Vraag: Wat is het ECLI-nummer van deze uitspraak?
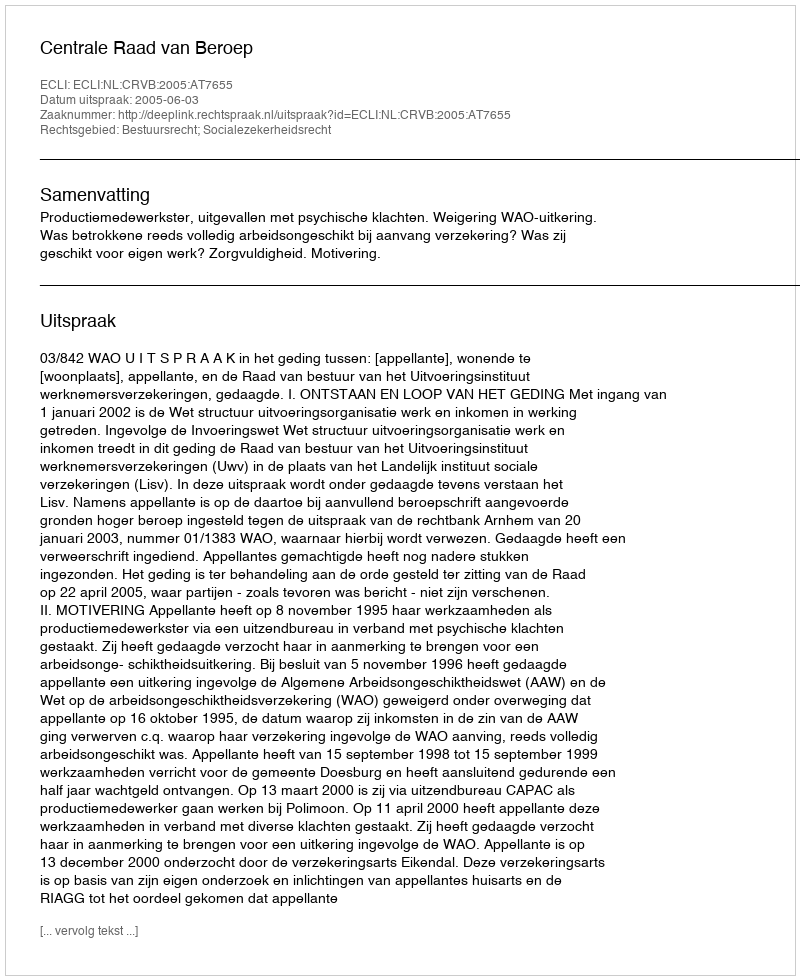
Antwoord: ECLI:NL:CRVB:2005:AT7655